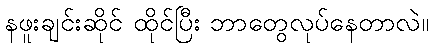
နဖူးချင်းဆိုင် ထိုင်ပြီး ဘာတွေလုပ်နေတာလဲ။